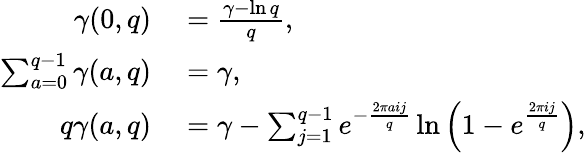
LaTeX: \begin{array}{rl}{\gamma(0,q)}&{{}={\frac{\gamma-\ln q}{q}},}\\ {\sum_{a=0}^{q-1}\gamma(a,q)}&{{}=\gamma,}\\ {q\gamma(a,q)}&{{}=\gamma-\sum_{j=1}^{q-1}e^{-{\frac{2\pi aij}{q}}}\ln\left(1-e^{\frac{2\pi ij}{q}}\right),}\end{array}